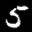
Label: 5